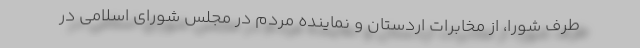
طرف شورا، از مخابرات اردستان و نماینده مردم در مجلس شورای اسلامی در